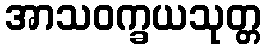
အာသဝက္ခယသုတ္တ